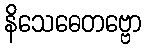
နိသေဓေတဗ္ဗော